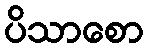
ပိသာစော